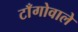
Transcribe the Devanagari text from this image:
टाँगोवाले